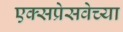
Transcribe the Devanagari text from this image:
एक्सप्रेसवेच्या